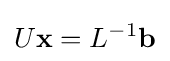
U\mathbf {x} =L^{-1}\mathbf {b}